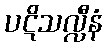
ပဋိသလ္လီနံ